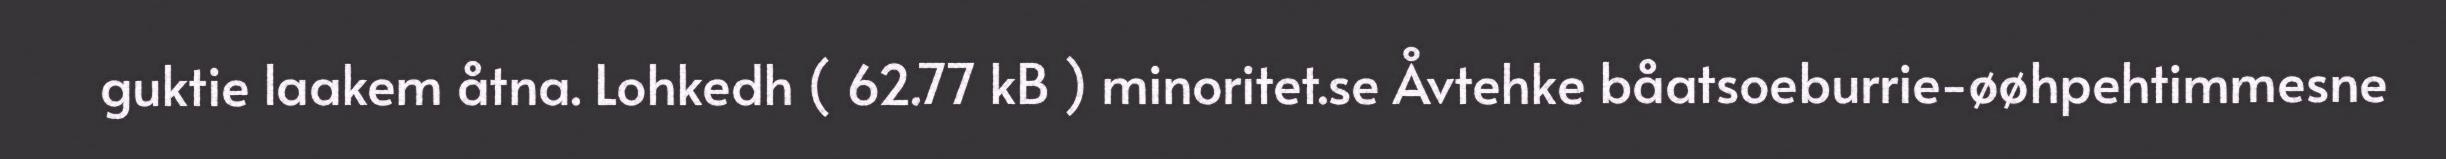
guktie laakem åtna. Lohkedh ( 62.77 kB ) minoritet.se Åvtehke båatsoeburrie-øøhpehtimmesne